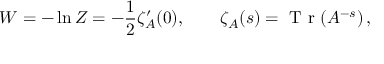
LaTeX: W = - \ln Z = - \frac { 1 } { 2 } \zeta _ { A } ^ { \prime } ( 0 ) , \qquad \zeta _ { A } ( s ) = { \textrm { T r } } ( A ^ { - s } ) \, ,